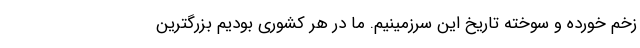
زخم خورده و سوخته تاریخ این سرزمینیم. ما در هر کشوری بودیم بزرگترین